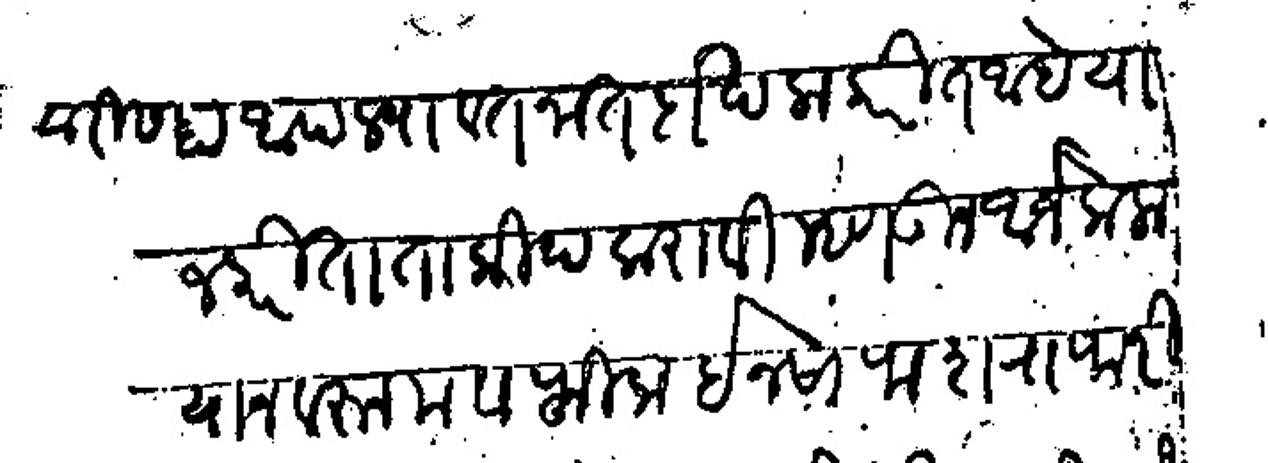
Transliteration (Devanagari): गैरवारीस हा आपल्या वतनात दाखला करीत आहे याजकरीता ताकीद करावी म्हणऊन अर्ज केला याजवरून मवाफीक इनसाफ शराफरीक